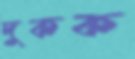
দুকক